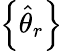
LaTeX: \left\{ {\widehat{\theta}}_{r}\right\}